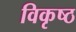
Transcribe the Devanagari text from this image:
विकृष्ठ